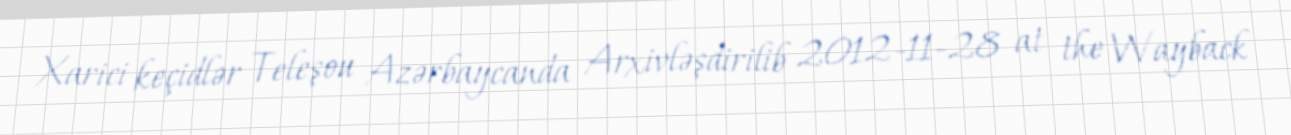
Xarici keçidlər Teleşou Azərbaycanda Arxivləşdirilib 2012-11-28 at the Wayback